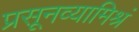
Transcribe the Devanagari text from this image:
प्रसूनव्यामिश्रं